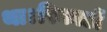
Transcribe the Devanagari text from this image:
था।रिकार्डो